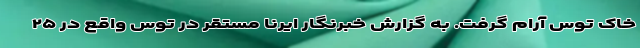
خاک توس آرام گرفت. به گزارش خبرنگار ایرنا مستقر در توس واقع در ۲۵